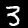
Label: 3